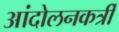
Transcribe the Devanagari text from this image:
आंदोलनकर्त्री